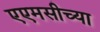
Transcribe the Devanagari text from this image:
एएमसीच्या